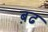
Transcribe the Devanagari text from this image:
ब़ढ